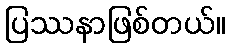
ပြဿနာဖြစ်တယ်။